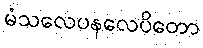
မံသလေပနလေပိတော